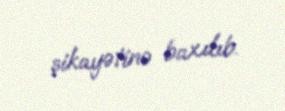
şikayətinə baxılıb.